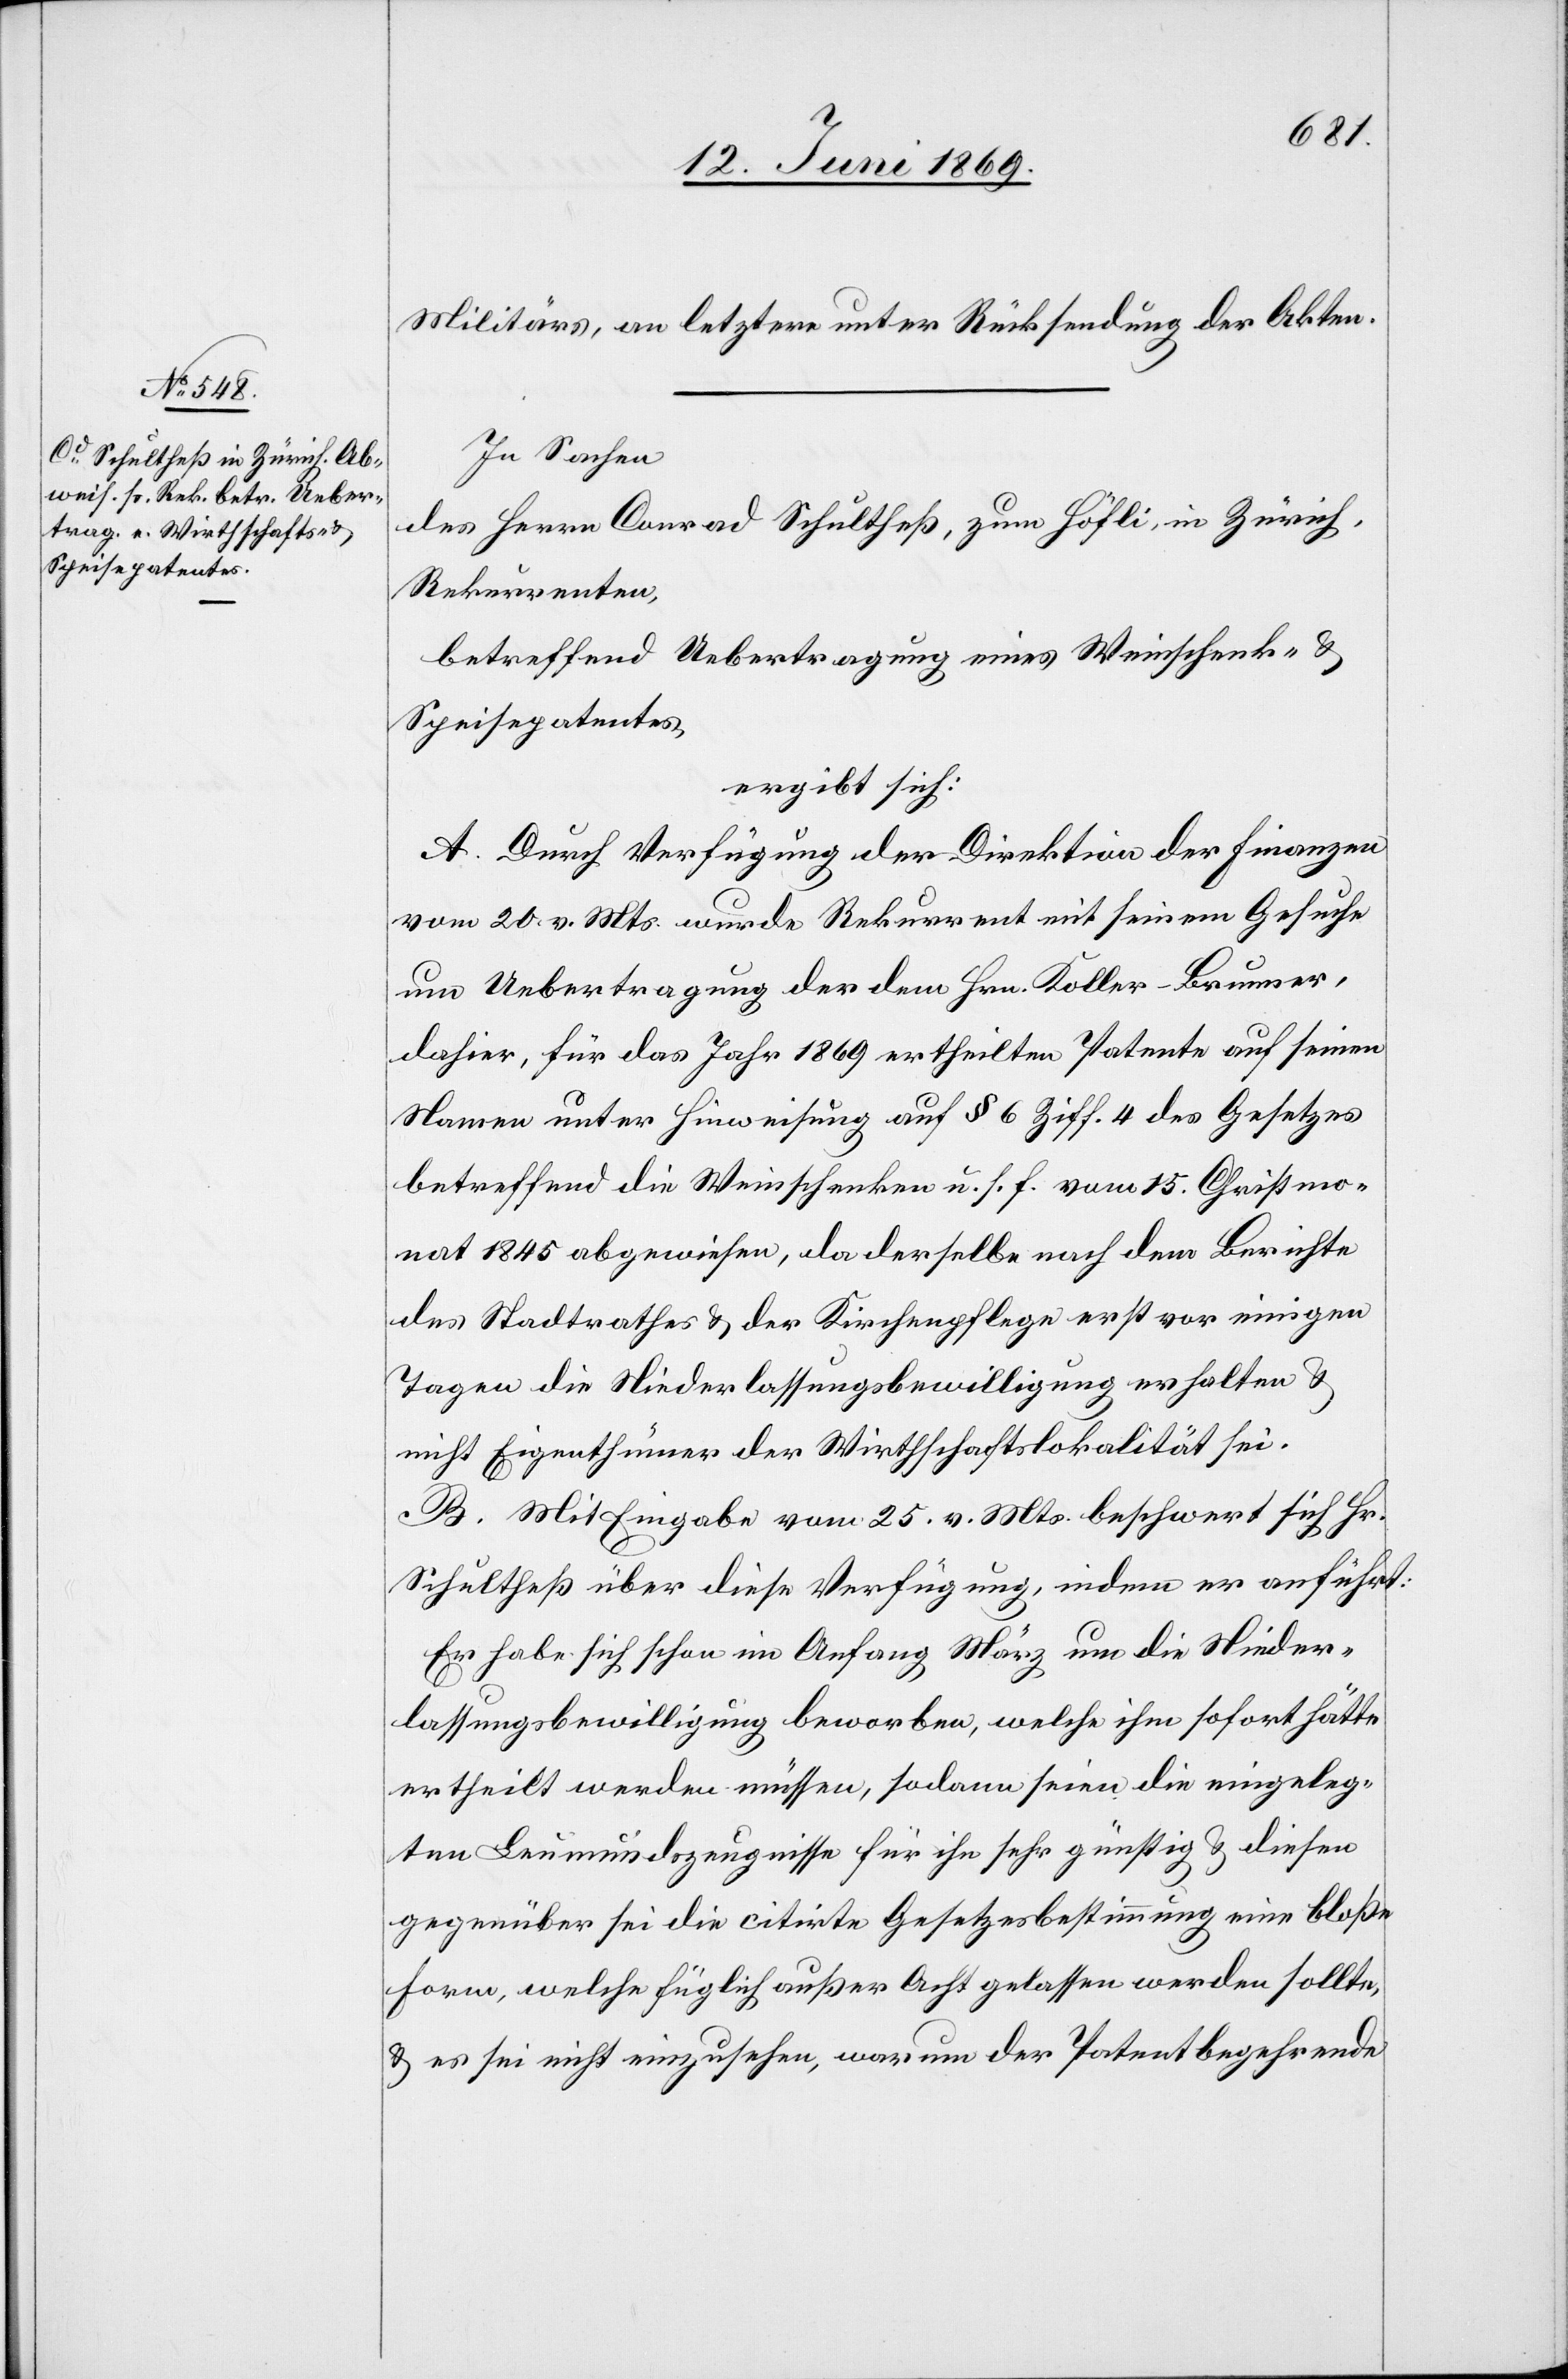
Militärs, an letztere unter Rücksendung der Akten.
In Sachen
des Herrn Conrad Schultheß, zum Höfli, in Zürich,
Rekurrenten,.
betreffend Uebertragung eines Weinschenk- u.
Speisepatentes,
ergibt sich:
A. Durch Verfügung der Direktion der Finanzen,
vom 20 v. Mts. wurde Rekurrent mit seinem Gesuche
um Uebertragung der dem Hrn. Koller–Brunner,
dahier, für das Jahr 1869 ertheilten Patente auf seinen
Namen unter Hinweisung auf § 6 Ziff. 4 des Gesetzes
betreffend die Weinschenken u. s. f. vom 15 Christmo¬
nat 1845 abgewiesen, da derselbe nach dem Berichte
des Stadtrathes u. der Kirchenpflege erst vor einigen
Tagen die Niederlaßungsbewilligung erhalten u.
nicht Eigenthümer der Wirthschaftslokalität sei.
B. Mit Eingabe vom 25 v. Mts. beschwert sich Hr.
Schultheß über diese Verfügung, indem er anführt:
Er habe sich schon im Anfang März um die Nieder¬
laßungsbewilligung beworben, welche ihm sofort hätte
ertheilt werden müssen, sodann seien die eingeleg¬
ten Leumundszeugnisse für ihn sehr günstig u. diesen
gegenüber sei die citirte Gesetzesbestimmung eine bloße
Form, welche füglich außer Acht gelassen werden sollte,
u. es sei nicht einzusehen, warum der Patentbegehrende